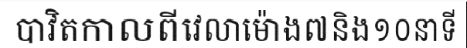
បាវិតកាលពីវេលាម៉ោង៧និង១០នាទី